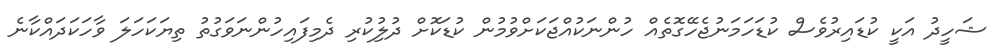
ޝަހީދު އަކީ ކުޑައިރުވެސް ކުޑަހަމަނުޖެހޭގޮތެއް ހުންނަކުއްޖަކަށްވުމުން ކުޑަކޮށް ދުލުިކުރި ދެމިފައިހުންނަވަގުތު ތިޔަކަހަލަ ވާހަކަދައްކާނެ